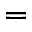
=